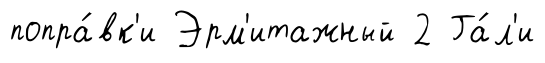
попра́вк'и Эрм'итажный 2 Га́л'и